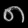
Digit: ၈